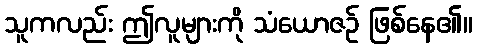
သူကလည်း ဤလူများကို သံယောဇဉ် ဖြစ်နေ၏။